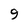
Character: 9